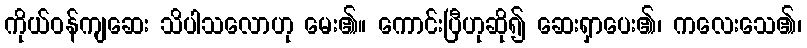
ကိုယ်ဝန်ကျဆေး သိပါသလောဟု မေး၏။ ကောင်းပြီဟုဆို၍ ဆေးရှာပေး၏၊ ကလေးသေ၏၊